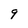
Character: 9